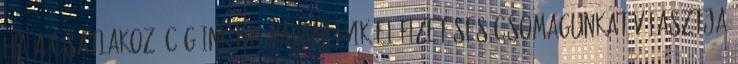
Ha a csatlakozó cég inkább valamelyik előfizetéses csomagunkat választja